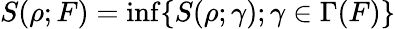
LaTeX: S(\rho;F)=\operatorname*{inf}\{ S(\rho;\gamma);\gamma\in\Gamma(F)\}